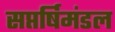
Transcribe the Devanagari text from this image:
सप्तर्षिमंडल